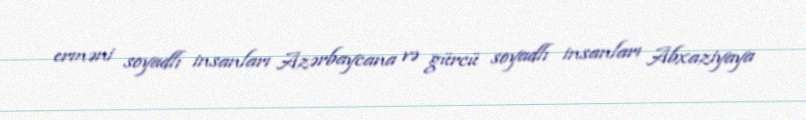
erməni soyadlı insanları Azərbaycana və gürcü soyadlı insanları Abxaziyaya